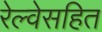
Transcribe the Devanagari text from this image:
रेल्वेसहित